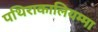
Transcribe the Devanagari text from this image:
पथिराकालियम्मा